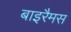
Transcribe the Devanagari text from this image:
बाइरैमस